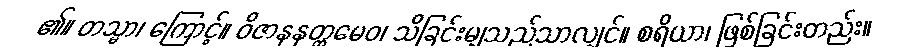
၏။ တသ္မာ၊ ကြောင့်။ ဝိဇာနနတ္ထမေဝ၊ သိခြင်းမျှသည်သာလျှင်။ စရိယာ၊ ဖြစ်ခြင်းတည်း။